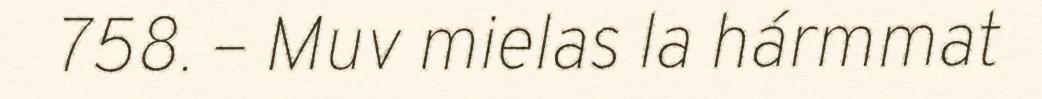
758. – Muv mielas la hármmat